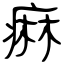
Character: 痲